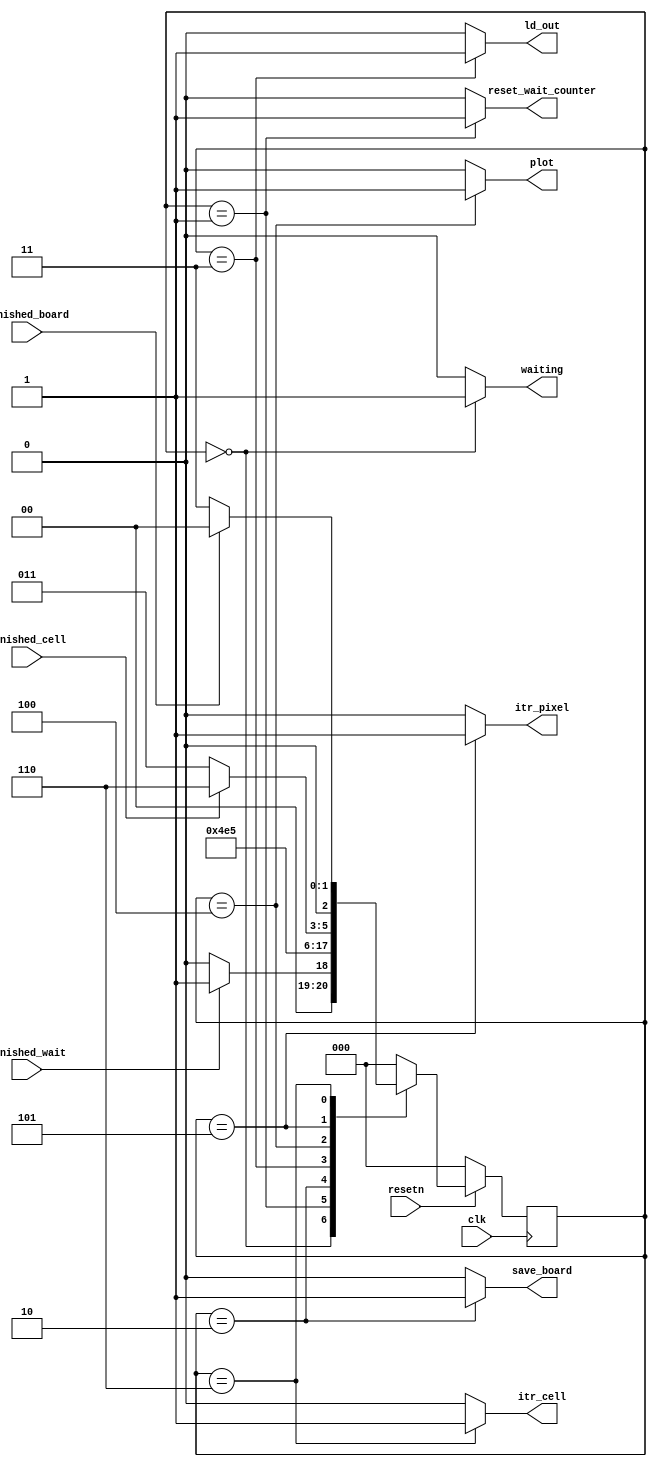
module VGADecoderControl(
						// inputs
						clk,
				    resetn,
				    finished_cell,
				    finished_board,
				    finished_wait,
						// outputs
				   	save_board,
					  itr_pixel,
				    itr_cell,
				    ld_out,
				    plot,
				   	reset_wait_counter,
						waiting
				   );
	 input clk;
   input resetn;
   input finished_cell;
   input finished_board;
   input finished_wait;

   output reg save_board;
	 output reg itr_pixel;
   output reg itr_cell;
   output reg ld_out;
   output reg plot;
   output reg reset_wait_counter;
	 output reg waiting;

    reg [2:0] current_state, next_state;

    localparam  S_WAIT             = 3'd0,
					 			S_RESET_WAIT_COUNTER  = 3'd1,
					 			S_SAVE_BOARD		   = 3'd2,
                S_LOAD             = 3'd3,
                S_PLOT             = 3'd4,
                S_ITR_PIXEL        = 3'd5,
                S_ITR_CELL         = 3'd6;

    // Next state logic aka our state table
    always @(*) //should be * because you want the finished signals to change output
    begin: state_table
          case (current_state)
				 		S_WAIT: next_state             		= finished_wait ? S_RESET_WAIT_COUNTER : S_WAIT;
				 		S_RESET_WAIT_COUNTER: next_state  = S_SAVE_BOARD;
				 		S_SAVE_BOARD: next_state		   		= S_LOAD; // load a pixel into the vga_adapter
            S_LOAD: next_state             		= S_PLOT; // write the pixel the vga_adapter buffer
            S_PLOT: next_state             		= S_ITR_PIXEL;
            S_ITR_PIXEL: next_state        		= finished_cell ? S_ITR_CELL : S_LOAD;
				 		S_ITR_CELL:  next_state	       		= finished_board ? S_WAIT : S_LOAD;
          default: next_state 	           		= S_WAIT;
      endcase
    end // state_table


    // Output logic aka all of our datapath control signals
    always @(*)
    begin: enable_signals
      // By default make all our signals 0
      save_board <= 1'b0;
			itr_pixel <= 1'b0;
			itr_cell <= 1'b0;
			ld_out <= 1'b0;
			plot <= 1'b0;
			reset_wait_counter <= 1'b0;
			waiting <= 1'b0;

		case (current_state)
			S_RESET_WAIT_COUNTER: begin
				 reset_wait_counter <= 1'b1;
			end
			S_SAVE_BOARD: begin
				 save_board <= 1'b1;
			end
			S_LOAD: begin
				 ld_out <= 1'b1;
			end
			S_PLOT: begin
				 plot <= 1'b1;
			end
			S_ITR_PIXEL: begin
				 itr_pixel <= 1'b1;
			end
			S_ITR_CELL: begin
				 itr_cell <= 1'b1;
			end
			S_WAIT: begin
			 		waiting <= 1'b1;
			end
		// default:    // don't need default since we already made sure all of our outputs were assigned a value at the start of the always block
		endcase
	end // enable_signals

    // current_state registers
    always@(posedge clk)
    begin: state_FFs
        if(!resetn)
            current_state <= S_WAIT;
        else
            current_state <= next_state;
    end // state_FFS
endmodule